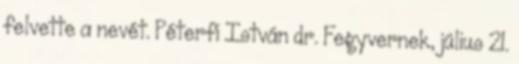
felvette a nevét. Péterfi István dr. Fegyvernek, július 21.